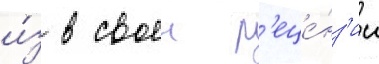
и́з в своеи р'еце́нз'ии